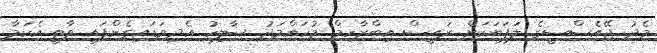
މެދު ޖޭއެސްސީގެ ލަފަޔަކަށް ރައީސް އިބްރާހިމް މުހައްމަދު ޞާލިހު އެދިވަޑައިގެންފައި ވާތީ އެކަމާ